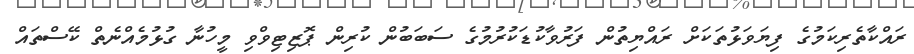
ރައްކާތެރިކަމުގެ ފިޔަވަޅުތަކަށް ރައްޔިތުން ފަރުވާކުޑަކުރުމުގެ ސަބަބުން ކުރިން ޕޮޒިޓިވްވި މީހުނާ ގުޅުމެއްނެތް ކޭސްތައް